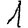
Digit: 1